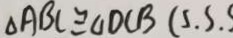
\Delta A B C \cong \Delta D C B ( S . S . S